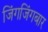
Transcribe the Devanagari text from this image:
जिंगजिंगबार